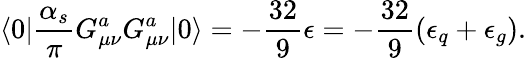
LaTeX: \langle{0}|{\frac{\alpha_{s}}{\pi}}G_{\mu\nu}^{a}G_{\mu\nu}^{a}|{0}\rangle=-{\frac{32}{9}}\epsilon=-{\frac{32}{9}}(\epsilon_{q}+\epsilon_{g}).